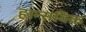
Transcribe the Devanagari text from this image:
हान्सविक